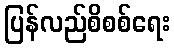
ပြန်လည်စိစစ်ရေး